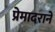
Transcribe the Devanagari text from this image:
प्रेमादराने